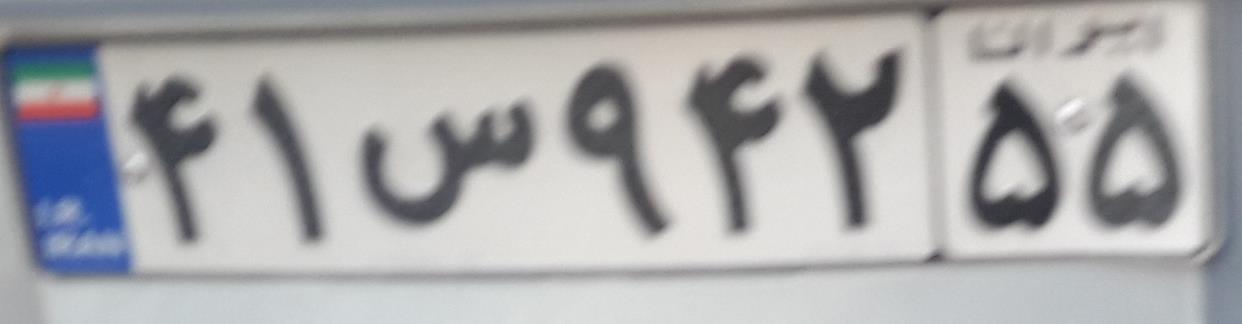
۴۱س۹۴۲۵۵